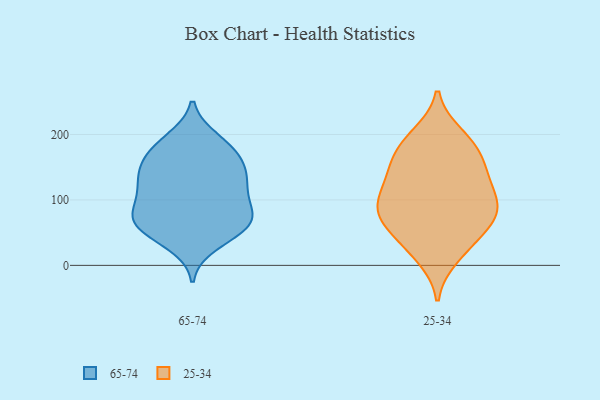
{"axis": {"x": "Waste Production (Tons)", "y": "Value"}, "legend": ["25-34", "65-74"], "data": [{"x": "", "y": 179, "type": "65-74"}, {"x": "", "y": 150, "type": "65-74"}, {"x": "", "y": 192, "type": "65-74"}, {"x": "", "y": 183, "type": "65-74"}, {"x": "", "y": 145, "type": "65-74"}, {"x": "", "y": 58, "type": "65-74"}, {"x": "", "y": 33, "type": "65-74"}, {"x": "", "y": 76, "type": "65-74"}, {"x": "", "y": 92, "type": "65-74"}, {"x": "", "y": 116, "type": "65-74"}, {"x": "", "y": 67, "type": "65-74"}, {"x": "", "y": 91, "type": "65-74"}, {"x": "", "y": 59, "type": "65-74"}, {"x": "", "y": 121, "type": "65-74"}, {"x": "", "y": 127, "type": "65-74"}, {"x": "", "y": 167, "type": "65-74"}, {"x": "", "y": 139, "type": "65-74"}, {"x": "", "y": 56, "type": "65-74"}, {"x": "", "y": 67, "type": "65-74"}, {"x": "", "y": 88, "type": "25-34"}, {"x": "", "y": 143, "type": "25-34"}, {"x": "", "y": 89, "type": "25-34"}, {"x": "", "y": 28, "type": "25-34"}, {"x": "", "y": 199, "type": "25-34"}, {"x": "", "y": 131, "type": "25-34"}, {"x": "", "y": 123, "type": "25-34"}, {"x": "", "y": 70, "type": "25-34"}, {"x": "", "y": 76, "type": "25-34"}, {"x": "", "y": 86, "type": "25-34"}, {"x": "", "y": 104, "type": "25-34"}, {"x": "", "y": 65, "type": "25-34"}, {"x": "", "y": 192, "type": "25-34"}, {"x": "", "y": 149, "type": "25-34"}, {"x": "", "y": 40, "type": "25-34"}, {"x": "", "y": 174, "type": "25-34"}, {"x": "", "y": 13, "type": "25-34"}, {"x": "", "y": 174, "type": "25-34"}]}